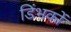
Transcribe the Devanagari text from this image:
डिंभकों